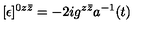
[ \epsilon ] ^ { 0 z \bar { z } } = - 2 i g ^ { z \bar { z } } a ^ { - 1 } ( t )